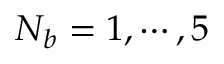
N _ { b } = 1 , \cdots , 5